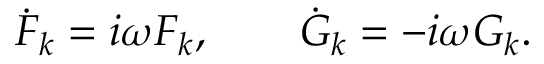
\dot { F } _ { k } = i \omega F _ { k } , \qquad \dot { G } _ { k } = - i \omega G _ { k } .